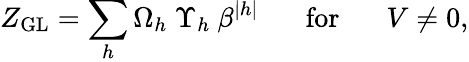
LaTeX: Z_{\mathrm{GL}}=\sum_{h}\Omega_{h}~\Upsilon_{h}~\beta^{|h|}\; \; \; \; \; \; \mathrm{for}\; \; \; \; \; \; V\neq 0,